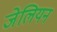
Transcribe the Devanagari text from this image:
जेलियन